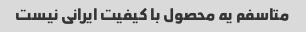
متاسفم یه محصول با کیفیت ایرانی نیست